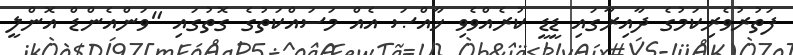
ފަތުރުވެރިކަމުގެ ދާއިރާގައި ޑީޑީ ކުރެއްވެވި ޚާއްޞަ އެއް މަސައްކަތުގެ ގޮތުގައި "ވަންއެންޑް އޮންލީ